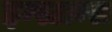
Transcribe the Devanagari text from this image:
इन्स्टान्स